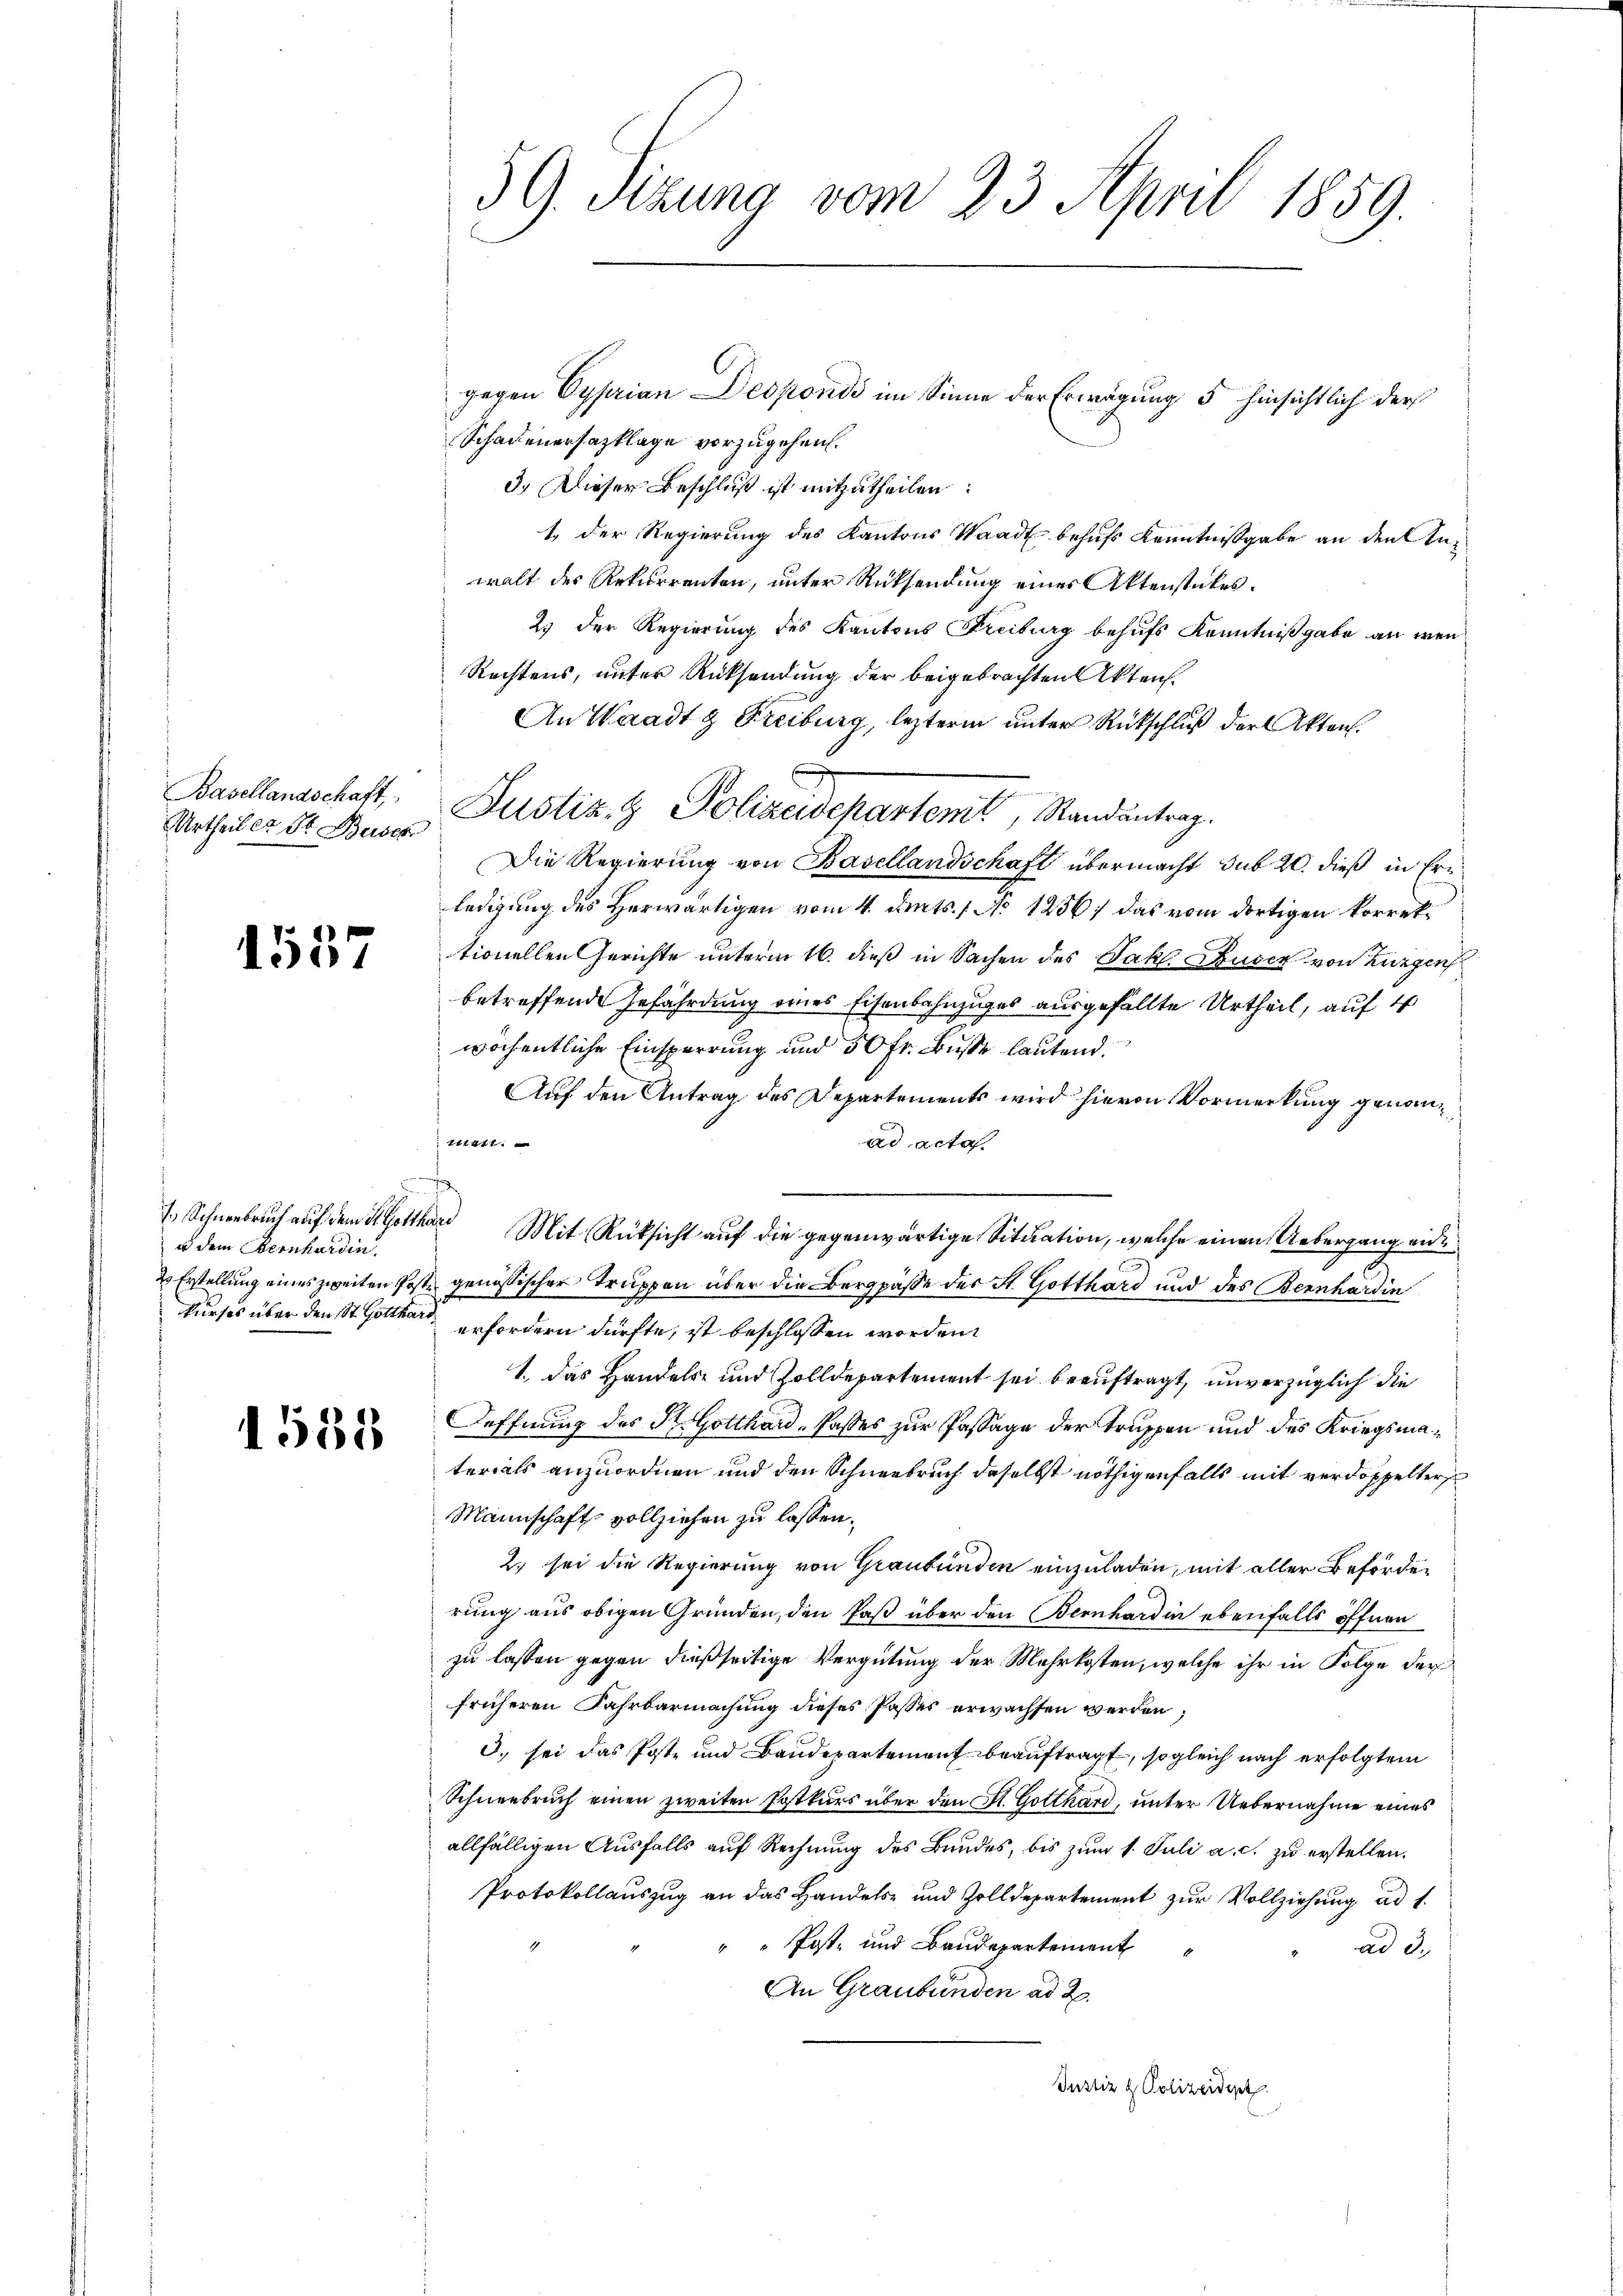
Basellandschaft,
Urtheil er dr. Beises

1537

u dem Bernhardin.
kurses über den St. Gotthard

1558

59. Sizung vom 23. April 1859.

gegen Cyprian Despondi im Sinne der Erwägung 5 hinsichtlich der
Schadenersazklage vorzugehen.
3.) Dieser Beschluß ist mitzutheilen.
1 der Regierung des Kantons Waadt behufs Kenntnißgabe an den Anwalt des Rekurrenten, unter Rücksendung einer Aktenstückes.
2) der Regierung des Kantons Freiburg behufs Kenntnißgabe an wen¬
Rechtens, unter Rücksendung der beigebrachten Akten.
An Waadt Freiburg, lezterm unter Rückschluß der Akten.
Die Regierung von Basellandschaft übermacht sub 20. dieß in Erledigung des Herwärtigen vom 4. Ants. 1 No 1256) das vom dortigen korrektionellen Gerichte unterm 16. dieß in Sachen des Jak. Buser von Burgen
betreffende Gefährdung eines Eisenbahnzuges ausgefällte Urtheil, auf 4
wöchentliche Einsperrung und 50 fr. Buße lautend.
Auf den Antrag des Departements wird hievon Vormerkung genanstatt
ad acta
1. Schneebruch auf dem Klotthard Mit Rücksicht auf die gegenwärtige Situation, welche einen Uebergang eine
ds Erstellung eines zweiten Post genössischer Truppen über die Bergpäße der St. Gotthard und des Bernhardin
erfordern dürfte, ist beschlossen worden.
1.) Das Handels- und Zolldepartement sei beauftragt, unverzüglich die
Oeffnung des St. Gotthard-Passes zur Passage der Truppen und des Kriegsmaterials anzuordnen und den Schneebruch daselbst nöthigenfalls mit verdoppelters
Mannschaft vollziehen zu lassen.
2. sei die Regierung von Graubünden einzuladen, mit aller Beförderung aus obigen Gründen, den Paß über den Bernhardin ebenfalls öffnen
zu lassen gegen dießseitige Vergütung der Mehrkosten, welche ihr in Folge der
früheren Fahrbarmachung dieses Passer erwachsen werden.
3. sei das Post- und Baudepartement beauftragt, sogleich nach erfolgtem
Schneebruch einen zweiten Postkurs über den St. Gotthard, unter Uebernahme eines
allfälligen Ausfalls auf Rechnung des Bundes, bis zum 1. Juli a. c. zu erstellen.
Protokollauszug an das Handels- und Zolldepartement zur Vollziehung ad 1.
"" Post- und Baudepartement
ad 3.
An Graubünden ad 2.
Justiz & Polizeident

Justiz & Polizeidepartemt, Randantrag.